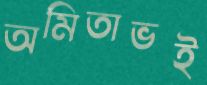
অমিতাভই